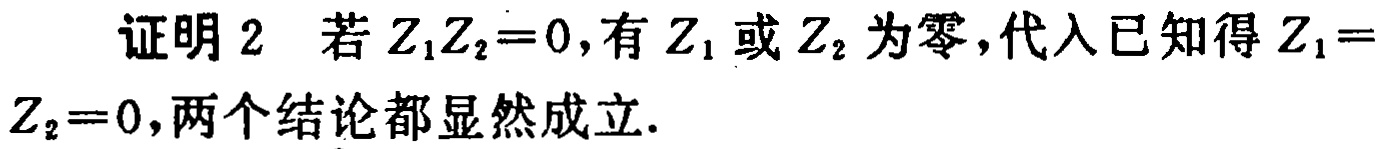
证明2 若$Z_1Z_2 = 0$，有$Z_1$或$Z_2$为零，代入已知得$Z_1 = Z_2 = 0$，两个结论都显然成立.